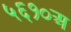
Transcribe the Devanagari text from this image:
५६१०अ